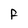
Character: f